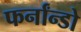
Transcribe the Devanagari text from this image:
फर्नांन्डो